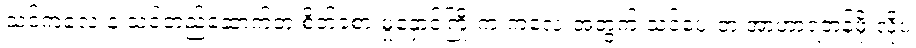
သင့်ကလေးနဲ့ သင်တည်ဆောက်တဲ့ စိတ်ခံစားမှုနှောင်ကြိုးက ကလေးအတွက် သင်ပေးတဲ့ အာဟာရတန်ဖိုးလိုပဲ